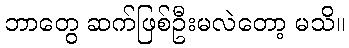
ဘာတွေ ဆက်ဖြစ်ဦးမလဲတော့ မသိ။